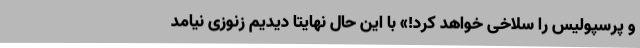
و پرسپولیس را سلاخی خواهد کرد!» با این حال نهایتا دیدیم زنوزی نیامد